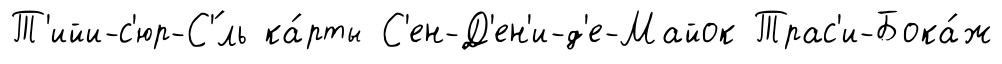
Т'ийи-с'юр-С'́ль ка́рты С'ен-Д'ен'и-д'е-Майок Трас'и-Бока́ж